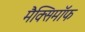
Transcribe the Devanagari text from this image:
मैक्सिमाॅफ